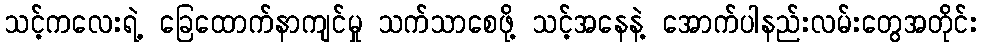
သင့်ကလေးရဲ့ ခြေထောက်နာကျင်မှု သက်သာစေဖို့ သင့်အနေနဲ့ အောက်ပါနည်းလမ်းတွေအတိုင်း